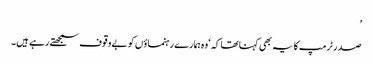
’
صدر ٹرمپ کا یہ بھی کہنا تھا کہ ‘وہ ہمارے رہنماؤں کو بےوقوف سمجھتے رہے ہیں۔